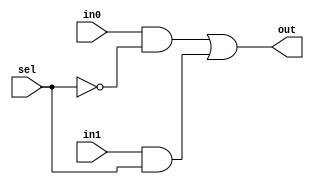
module mux_2to1(in0, in1, sel, out);
    input  in0, in1, sel;
    output out;
 
    wire nsel;
    wire a0, a1;
 
    not not1(nsel, sel);
    and and1(a0, in0, nsel);
    and and2(a1, in1, sel);
    or  or1 (out, a0, a1);
endmodule